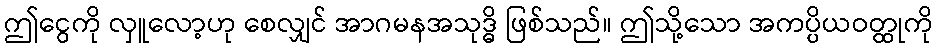
ဤငွေကို လှူလော့ဟု စေလျှင် အာဂမနအသုဒ္ဓိ ဖြစ်သည်။ ဤသို့သော အကပ္ပိယဝတ္ထုကို